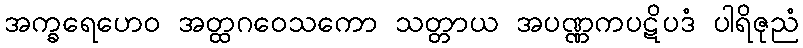
အက္ခရေဟေဝ အတ္ထဂဝေသကော သတ္တာယ အပဏ္ဏကပဋိပဒံ ပါရိဇုညံ